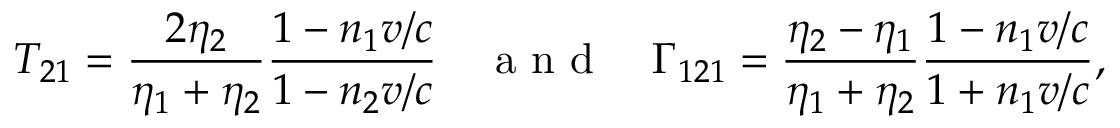
T _ { 2 1 } = \frac { 2 \eta _ { 2 } } { \eta _ { 1 } + \eta _ { 2 } } \frac { 1 - n _ { 1 } v / c } { 1 - n _ { 2 } v / c } \quad \mathrm { ~ a ~ n ~ d ~ } \quad \Gamma _ { 1 2 1 } = \frac { \eta _ { 2 } - \eta _ { 1 } } { \eta _ { 1 } + \eta _ { 2 } } \frac { 1 - n _ { 1 } v / c } { 1 + n _ { 1 } v / c } ,